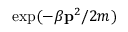
\exp ( - \beta \mathbf { p } ^ { 2 } / 2 m )